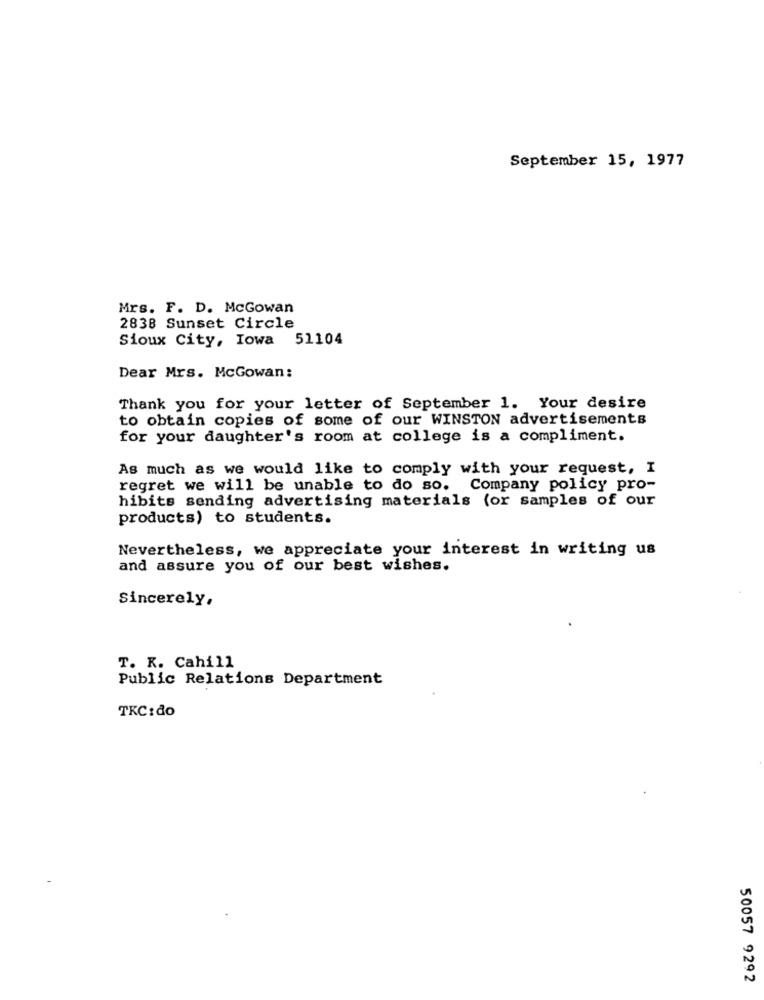
September 15, 1977
Mrs. F. D. McGowan
2838 Sunset Circle
Sioux City, Iowa 51104
Dear Mrs. McGowan:
Thank you for your letter of September 1. Your desire
to obtain copies of some of our WINSTON advertisements
for your daughter's room at college is a compliment.
As much as we would like to comply with your request, I
regret we will be unable to do so. Company policy pro-
hibits sending advertising materials (or samples of our
products) to students.
Nevertheless, we appreciate your interest in writing us
and assure you of our best wishes.
Sincerely,
T. K. Cahill
Public Relations Department
TKC:do
50057 9292